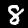
Digit: 8